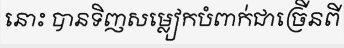
នោះ បានទិញសម្លៀកបំពាក់ជាច្រើនពី